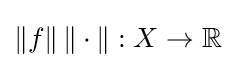
\|f\|\,\|\cdot \|:X\to \mathbb {R}